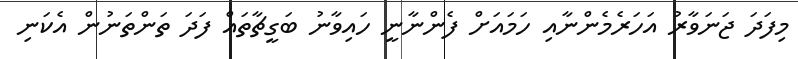
މިފަދަ ޖަނަވާރު އަހަރެމެންނާއި ހަމައަށް ފެންނާނީ ހައިވާާނު ބަގީޗާތައް ފަދަ ތަންތަނުން އެކަނި